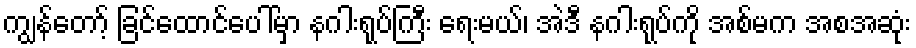
ကျွန်တော့် ခြင်ထောင်ပေါ်မှာ နဂါးရုပ်ကြီး ရေးမယ်၊ အဲဒီ နဂါးရုပ်ကို အစ်မက အစအဆုံး